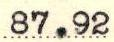
87.92